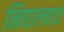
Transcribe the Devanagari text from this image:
निघाल्यात